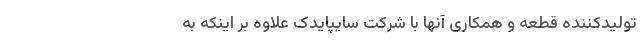
تولیدکننده قطعه و همکاری آنها با شرکت سایپایدک علاوه بر اینکه به